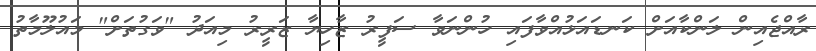
ރާއްޖެއިން ލަންކާއަށް ކަނޑައަޅުއްވާފައި ހުންނަވާ ސަފީރު ޒާހިޔާ ޒަރީރު މިއަދު "ވަގުތަށް" މައުލޫމާތު